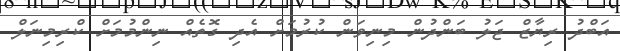
އަބްދު ރިޔާޒް ޖަލު ބަންދުން މިނިވަން ކުރުމަށް އެދި ގޮތެއް ނިންމުމަށް ކްރިމިނަލް